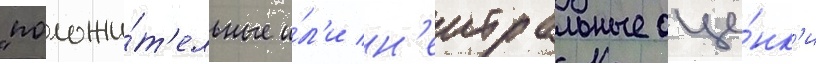
"положи́т'ельные и́л'и н'еитральные оце́нк'и